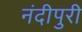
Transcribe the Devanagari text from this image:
नंदीपुरी